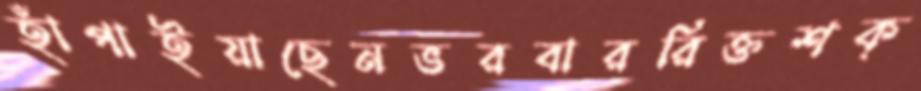
হাঁপাইয়াছেনভরবাররিক্তশক্